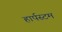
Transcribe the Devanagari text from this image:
हार्पस्टम